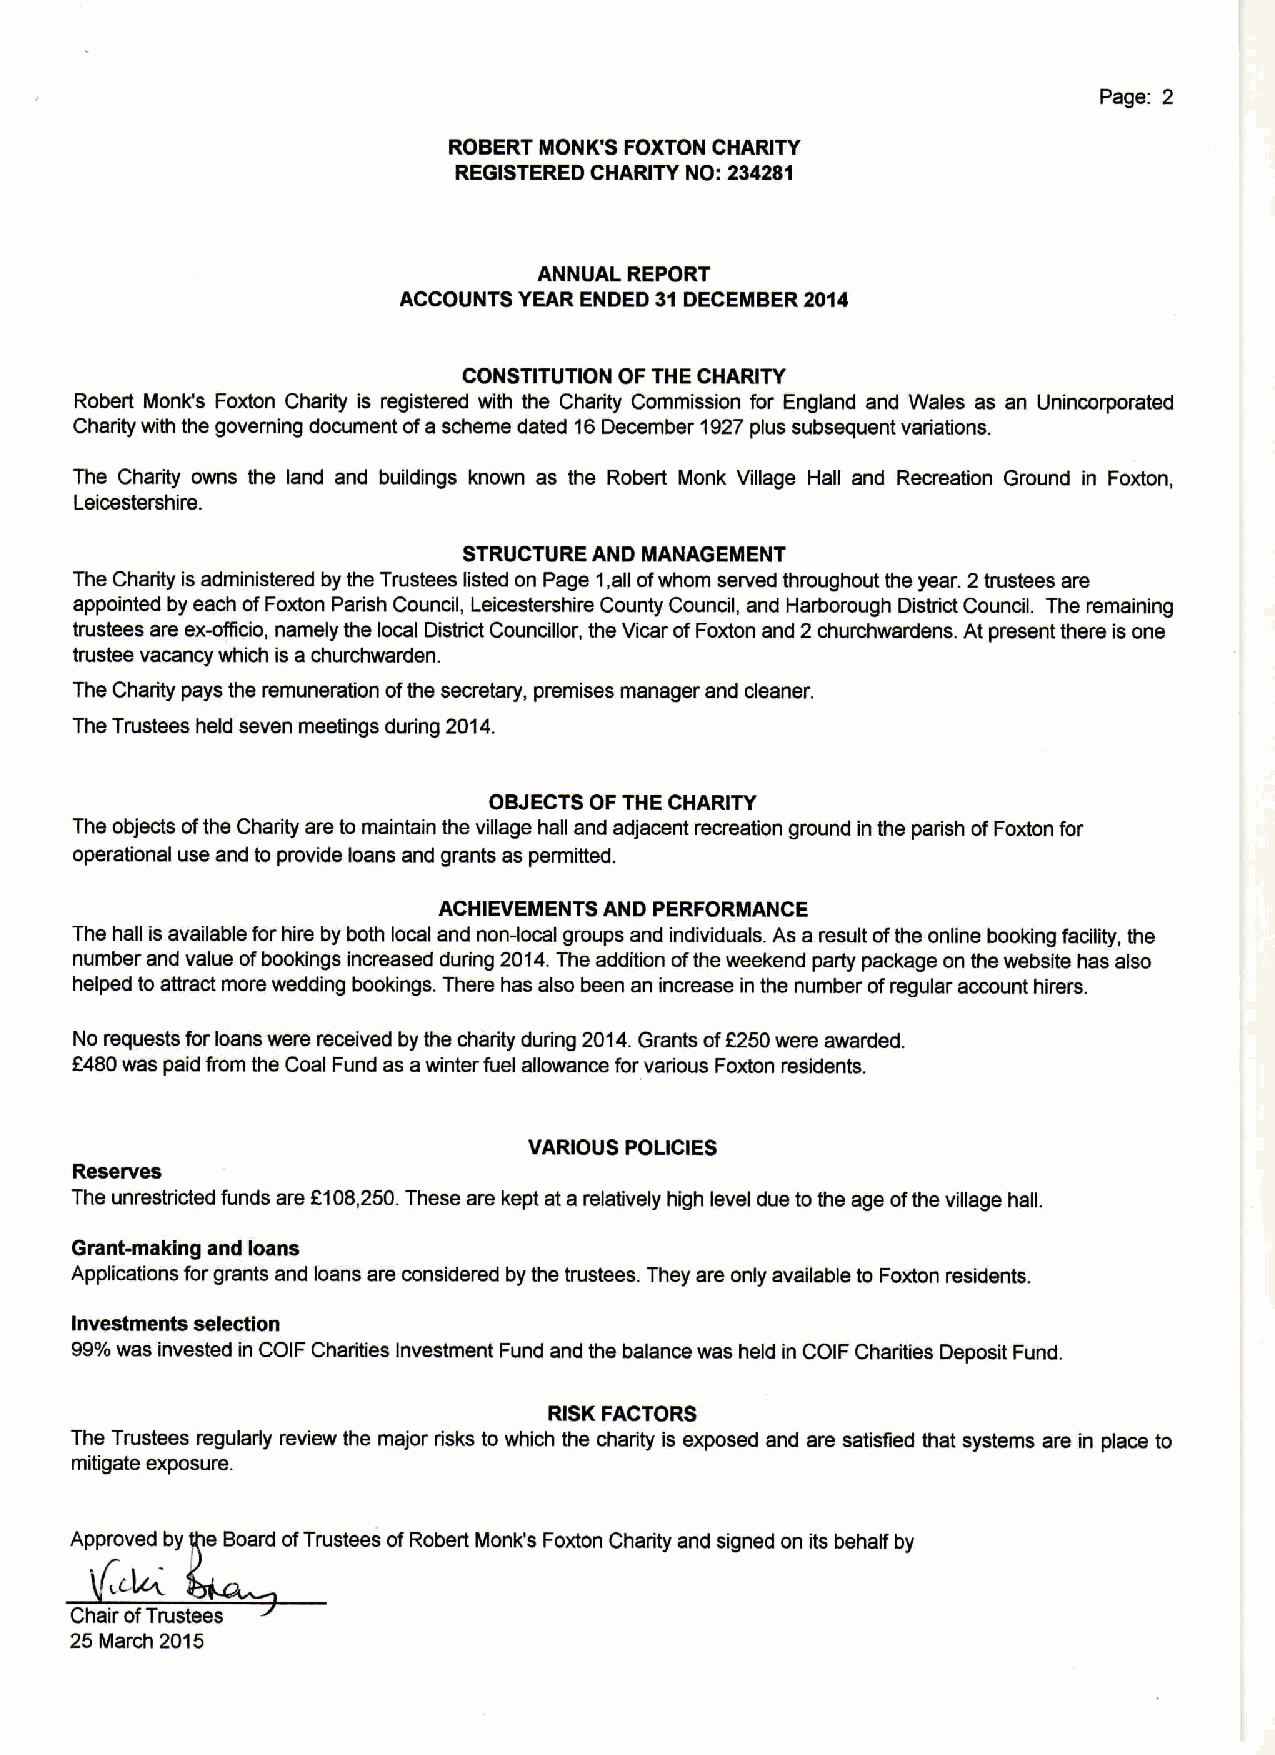
Page: 2
 ROBERT MONK'S FOXTON CHARITY
 REGISTERED CHARITY NO: 234281
 ANNUAL REPORT
 ACCOUNTS YEAR ENDED 31DECEMBER2014
 CONSTITUTION OF THE CHARITY
 Robert Monk's Foxton Charity is registered with the Charity Commission for England and Wales as an Unincorporated
 Charity with the governing document ofa scheme dated 16December 1927plus subsequent variations.
 The Charity owns the land and buildings known as the Robert Monk Village Hall and Recreation Ground in Foxton,
 Leicestershire.
 STRUCTURE AND MANAGEMENT
 The Charity is administered by the Trustees fisted on Page 1,all ofwhom served throughout the year. 2trustees are
 appointed by each ofFoxton Parish Council, Leicestershire County Council, and Harborough District Council. The remaining
 trustees are ex-officio, namely the local District Councillor, the Vicar ofFoxton and 2churchwardens. At present there is one
 trustee vacancy which is a churchwarden.
 The Charity pays the remuneration ofthe secretary, premises manager and cleaner.
 The Trustees held seven meetings during 2014.
 OBJECTSOF THE CHARITY
 The objects ofthe Charity are to maintain the village hall and adjacent recreation ground in the parish ofFoxton for
 operational use and to provide loans and grants as permitted.
 ACHIEVEMENTS AND PERFORMANCE
 The hall isavailable for hire by both local and non-local groups and individuals. As a result ofthe online booking facility, the
 number and value ofbookings increased during 2014.The addition ofthe weekend party package on the website has also
 helped to attract more wedding bookings. There has also been an increase in the number ofregular account hirers.
 No requests for loans were received by the charity during 2014.Grants of8250were awarded.
 f480was paid from the Coal Fund as awinter fuel allowance for various Foxton residents.
 VARIOUS POLICIES
 Reselves
 The unrestricted funds are f108,250.These are kept at a relatively high level due to the age ofthe village hall.
 Grantmaking and loans
 Applications forgrants and loans are considered by the trustees. They are only available to Foxton residents.
 Investments selection
 99%was invested in COIF Charities Investment Fund and the balance was held in COIF Charities Deposit Fund.
 RISKFACTORS
 The Trustees regularly review the major risks to which the charity is exposed and are satisfied that systems are in place to
 mitigate exposure.
 Approved by eBoard ofTrustees ofRobert Monk's Foxton Charity and signed on its behalf by
 Chair ofTrustees
 25 March 2015